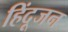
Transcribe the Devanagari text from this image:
हिंदूजन